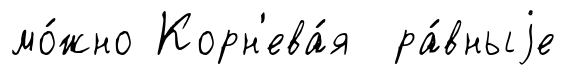
мо́жно Корн'ева́я ра́вныjе